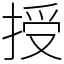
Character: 授